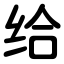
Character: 给